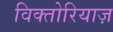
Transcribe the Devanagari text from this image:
विक्तोरियाज़